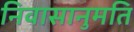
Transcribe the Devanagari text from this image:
निवासानुमति